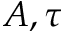
A , \tau